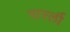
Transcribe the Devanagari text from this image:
पार्स्ली